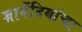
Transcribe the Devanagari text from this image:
ज्ञानेंदियांचा